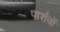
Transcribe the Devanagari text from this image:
पार्शवों